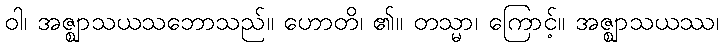
ဝါ၊ အဇ္ဈာသယသဘောသည်။ ဟောတိ၊ ၏။ တသ္မာ၊ ကြောင့်။ အဇ္ဈာသယဿ၊